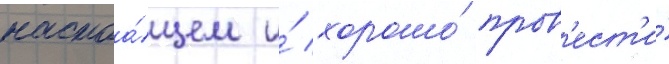
настоа́щем и́ хорошо́ пров'ест'и́